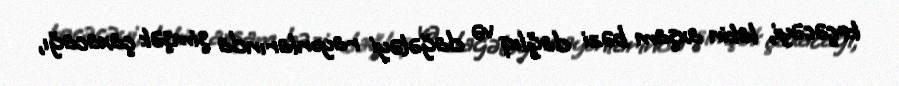
keçəcəyi, lakin axşam bəzi dağlıq və dağətəyi rayonlarında şimşək çaxacağı,